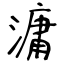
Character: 滽